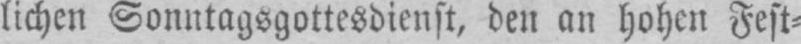
lichen Sonntagsgottesdienst, den an hohen Fest⸗